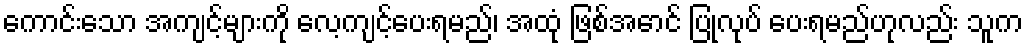
ကောင်းသော အကျင့်များကို လေ့ကျင့်ပေးရမည်၊ အထုံ ဖြစ်အောင် ပြုလုပ် ပေးရမည်ဟုလည်း သူက